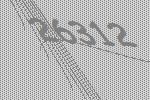
26312